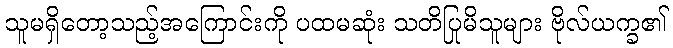
သူမရှိတော့သည့်အကြောင်းကို ပထမဆုံး သတိပြုမိသူများ ဗိုလ်ယက္ခ၏